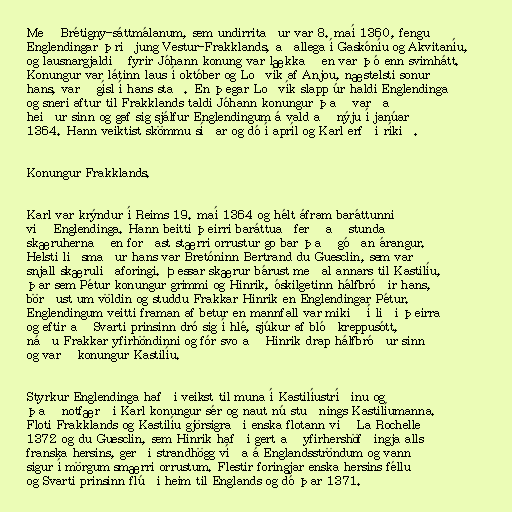
Með Brétigny-sáttmálanum, sem undirritaður var 8. maí 1360, fengu
Englendingar þriðjung Vestur-Frakklands, aðallega í Gaskóníu og Akvitaníu,
og lausnargjaldið fyrir Jóhann konung var lækkað en var þó enn svimhátt.
Konungur var látinn laus í október og Loðvík af Anjou, næstelsti sonur
hans, varð gísl í hans stað. En þegar Loðvík slapp úr haldi Englendinga
og sneri aftur til Frakklands taldi Jóhann konungur það varða
heiður sinn og gaf sig sjálfur Englendingum á vald að nýju í janúar
1364. Hann veiktist skömmu síðar og dó í apríl og Karl erfði ríkið.

Konungur Frakklands.

Karl var krýndur í Reims 19. maí 1364 og hélt áfram baráttunni
við Englendinga. Hann beitti þeirri baráttuaðferð að stunda
skæruhernað en forðast stærri orrustur go bar það góðan árangur.
Helsti liðsmaður hans var Bretóninn Bertrand du Guesclin, sem var
snjall skæruliðaforingi. Þessar skærur bárust meðal annars til Kastilíu,
þar sem Pétur konungur grimmi og Hinrik, óskilgetinn hálfbróðir hans,
börðust um völdin og studdu Frakkar Hinrik en Englendingar Pétur.
Englendingum veitti framan af betur en mannfall var mikið í liði þeirra
og eftir að Svarti prinsinn dró sig í hlé, sjúkur af blóðkreppusótt,
náðu Frakkar yfirhöndinni og fór svo að Hinrik drap hálfbróður sinn
og varð konungur Kastilíu.

Styrkur Englendinga hafði veikst til muna í Kastilíustríðinu og
það notfærði Karl konungur sér og naut nú stuðnings Kastilíumanna.
Floti Frakklands og Kastilíu gjörsigraði enska flotann við La Rochelle
1372 og du Guesclin, sem Hinrik hafði gert að yfirhershöfðingja alls
franska hersins, gerði strandhögg víða á Englandsströndum og vann
sigur í mörgum smærri orrustum. Flestir foringjar enska hersins féllu
og Svarti prinsinn flúði heim til Englands og dó þar 1371.